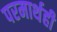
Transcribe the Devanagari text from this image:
परमार्थही